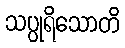
သပ္ပုရိသောတိ